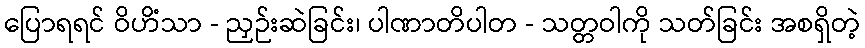
ပြောရရင် ဝိဟိံသာ - ညှဉ်းဆဲခြင်း၊ ပါဏာတိပါတ - သတ္တဝါကို သတ်ခြင်း အစရှိတဲ့